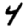
Digit: 4